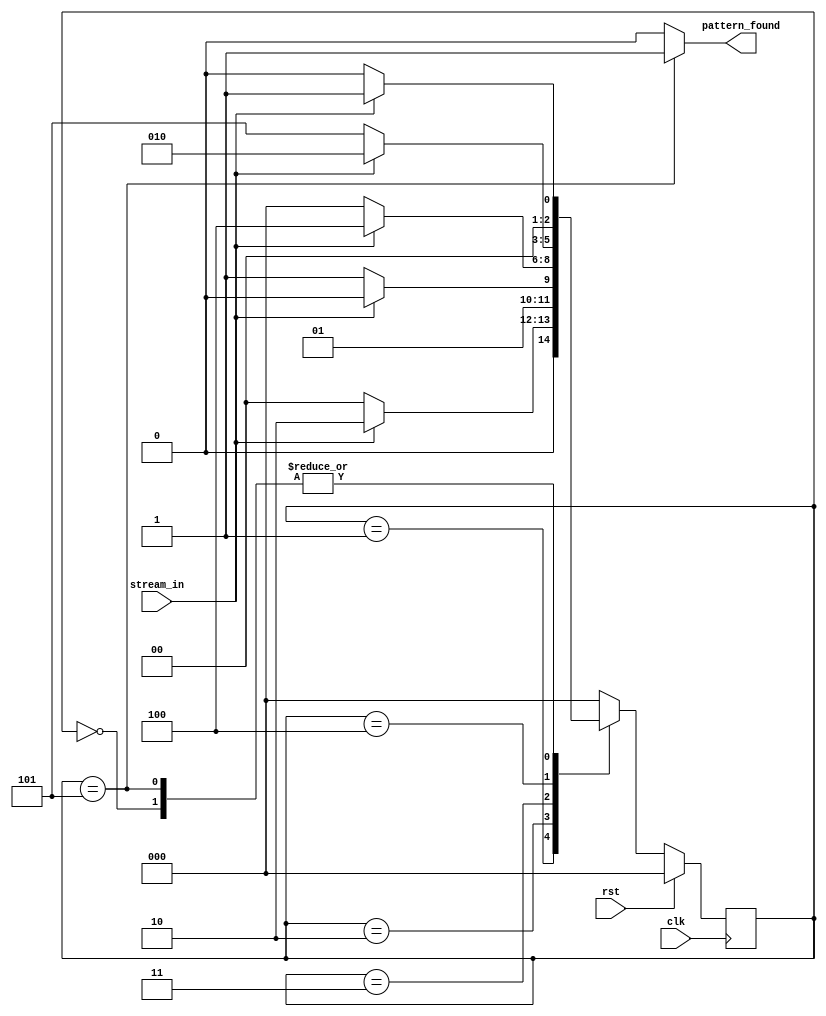
module PD_fsm(input clk,
             input rst,
             input stream_in,
             output reg pattern_found);
  
  parameter state_reg_width=3;
  parameter [state_reg_width-1 : 0] s_0=3'b000, s_1=3'b001, s_11=3'b010, s_110=3'b011,
  s_1101 = 3'b100, s_11010= 3'b101;
  
  reg [state_reg_width-1 : 0] next_state, curr_state ;
  //////////////////////// state register /////////////////
  always @(posedge clk) begin
    if(rst) begin
      curr_state <= s_0;
    end
    else begin
      curr_state <= next_state;
    end
  end
  
  ////////////////////// next state and output logic /////////////////
  always @(*)begin
    pattern_found=0;
    case(curr_state)
      s_0: begin
        if(stream_in==1) begin
          next_state =s_1; 
        end
        else begin
          next_state = s_0;
        end
      end
      s_1: begin
        if(stream_in==1) begin
          next_state =s_11; 
        end
        else begin
          next_state = s_0;
        end
      end
      s_11: begin
        if(stream_in==1) begin
          next_state =s_11; 
        end
        else begin
          next_state = s_110;
        end
      end
      s_110: begin
        if(stream_in==1) begin
          next_state =s_1101; 
        end
        else begin
          next_state = s_0;
        end
      end
      s_1101: begin
        if(stream_in==1) begin
          next_state =s_11; 
        end
        else begin
          next_state = s_11010;
        end
      end
      s_11010: begin
        pattern_found =1;
        if(stream_in==1) begin
          next_state =s_1; 
        end
        else begin
          next_state = s_0;
        end
      end
      default: begin
        next_state = s_0;
      end 
    endcase
  end 
endmodule